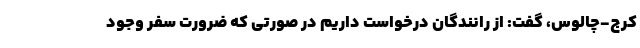
کرج-چالوس، گفت: از رانندگان درخواست داریم در صورتی که ضرورت سفر وجود